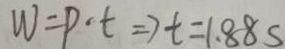
W = P \cdot t \Rightarrow t = 1 . 8 8 s